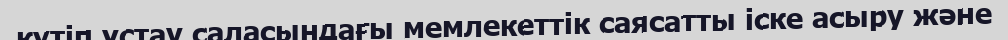
күтіп үстау саласындағы мемлекеттік саясатты іске асыру және